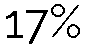
17%